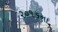
૨૦૧૬ના